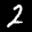
Label: 2